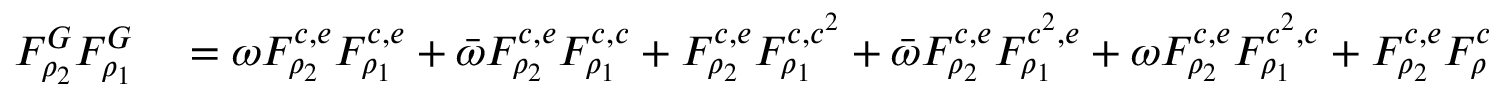
\begin{array} { r l } { F _ { \rho _ { 2 } } ^ { G } F _ { \rho _ { 1 } } ^ { G } } & { { } = \omega F _ { \rho _ { 2 } } ^ { c , e } F _ { \rho _ { 1 } } ^ { c , e } + \bar { \omega } F _ { \rho _ { 2 } } ^ { c , e } F _ { \rho _ { 1 } } ^ { c , c } + F _ { \rho _ { 2 } } ^ { c , e } F _ { \rho _ { 1 } } ^ { c , c ^ { 2 } } + \bar { \omega } F _ { \rho _ { 2 } } ^ { c , e } F _ { \rho _ { 1 } } ^ { c ^ { 2 } , e } + \omega F _ { \rho _ { 2 } } ^ { c , e } F _ { \rho _ { 1 } } ^ { c ^ { 2 } , c } + F _ { \rho _ { 2 } } ^ { c , e } F _ { \rho _ { 1 } } ^ { c ^ { 2 } , c ^ { 2 } } } \end{array}